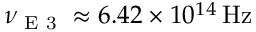
\nu _ { \textrm { E 3 } } \approx 6 . 4 2 \times 1 0 ^ { 1 4 } \, \mathrm { H z }